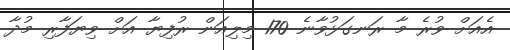
އެއަށް ވުރެ މާ ރަނގަޅުވާނެ 170 މިލިއަން ރުފިޔާ އަށް ވިޔަފާރި މުދާ